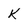
Character: K